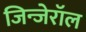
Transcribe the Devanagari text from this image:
जिन्जेरॉल